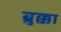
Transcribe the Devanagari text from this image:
ब्रुक्का